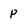
Character: p